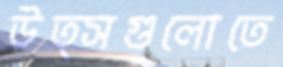
উত্সগুলোতে